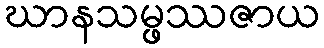
ဃာနသမ္ဖဿဇာယ